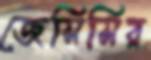
জেসিসির